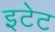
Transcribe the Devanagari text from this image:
इटेट